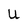
Character: U